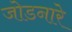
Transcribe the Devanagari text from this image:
जोडनारे